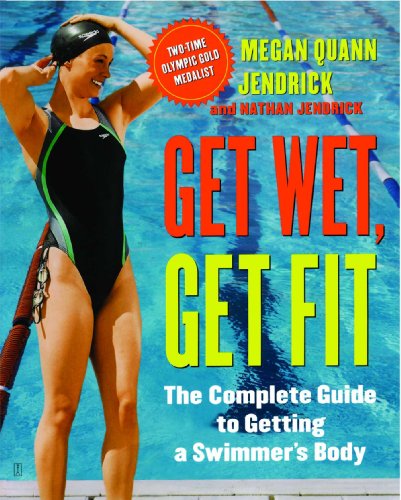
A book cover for Get Wet, Get Fit: The Complete Guide to Getting a Swimmer's Body; Megan Quann Jendrick; Health, Fitness & Dieting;